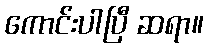
ကောင်းပါပြီ ဆရာ။